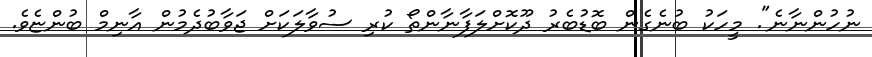
ނުހުންނާނެ". މީހަކު ބުނެގެން ބޮޑުބެރު ދޫކޮށްލަފާނާންތޯ ކުރި ސުވާލަކަށް ޖަވާބުދެމުން އާނިމް ބުންޏެވެ.